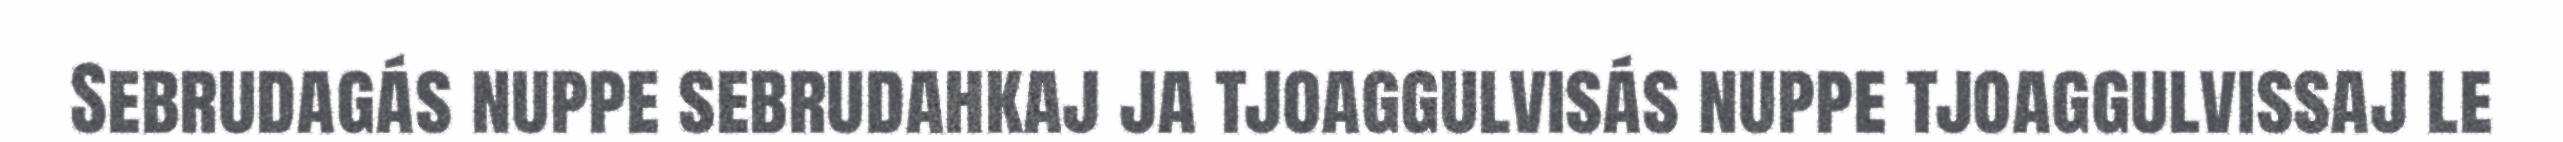
Sebrudagás nuppe sebrudahkaj ja tjoaggulvisás nuppe tjoaggulvissaj le